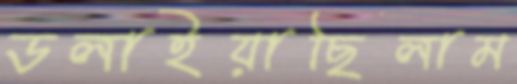
ডলাইয়াছিলাম